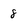
Character: 8